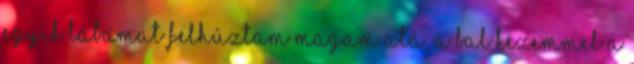
egyik lábamat felhúztam magam alá, a bal kezemmel a